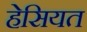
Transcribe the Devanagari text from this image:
हेसियत